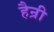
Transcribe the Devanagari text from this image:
हैन्री